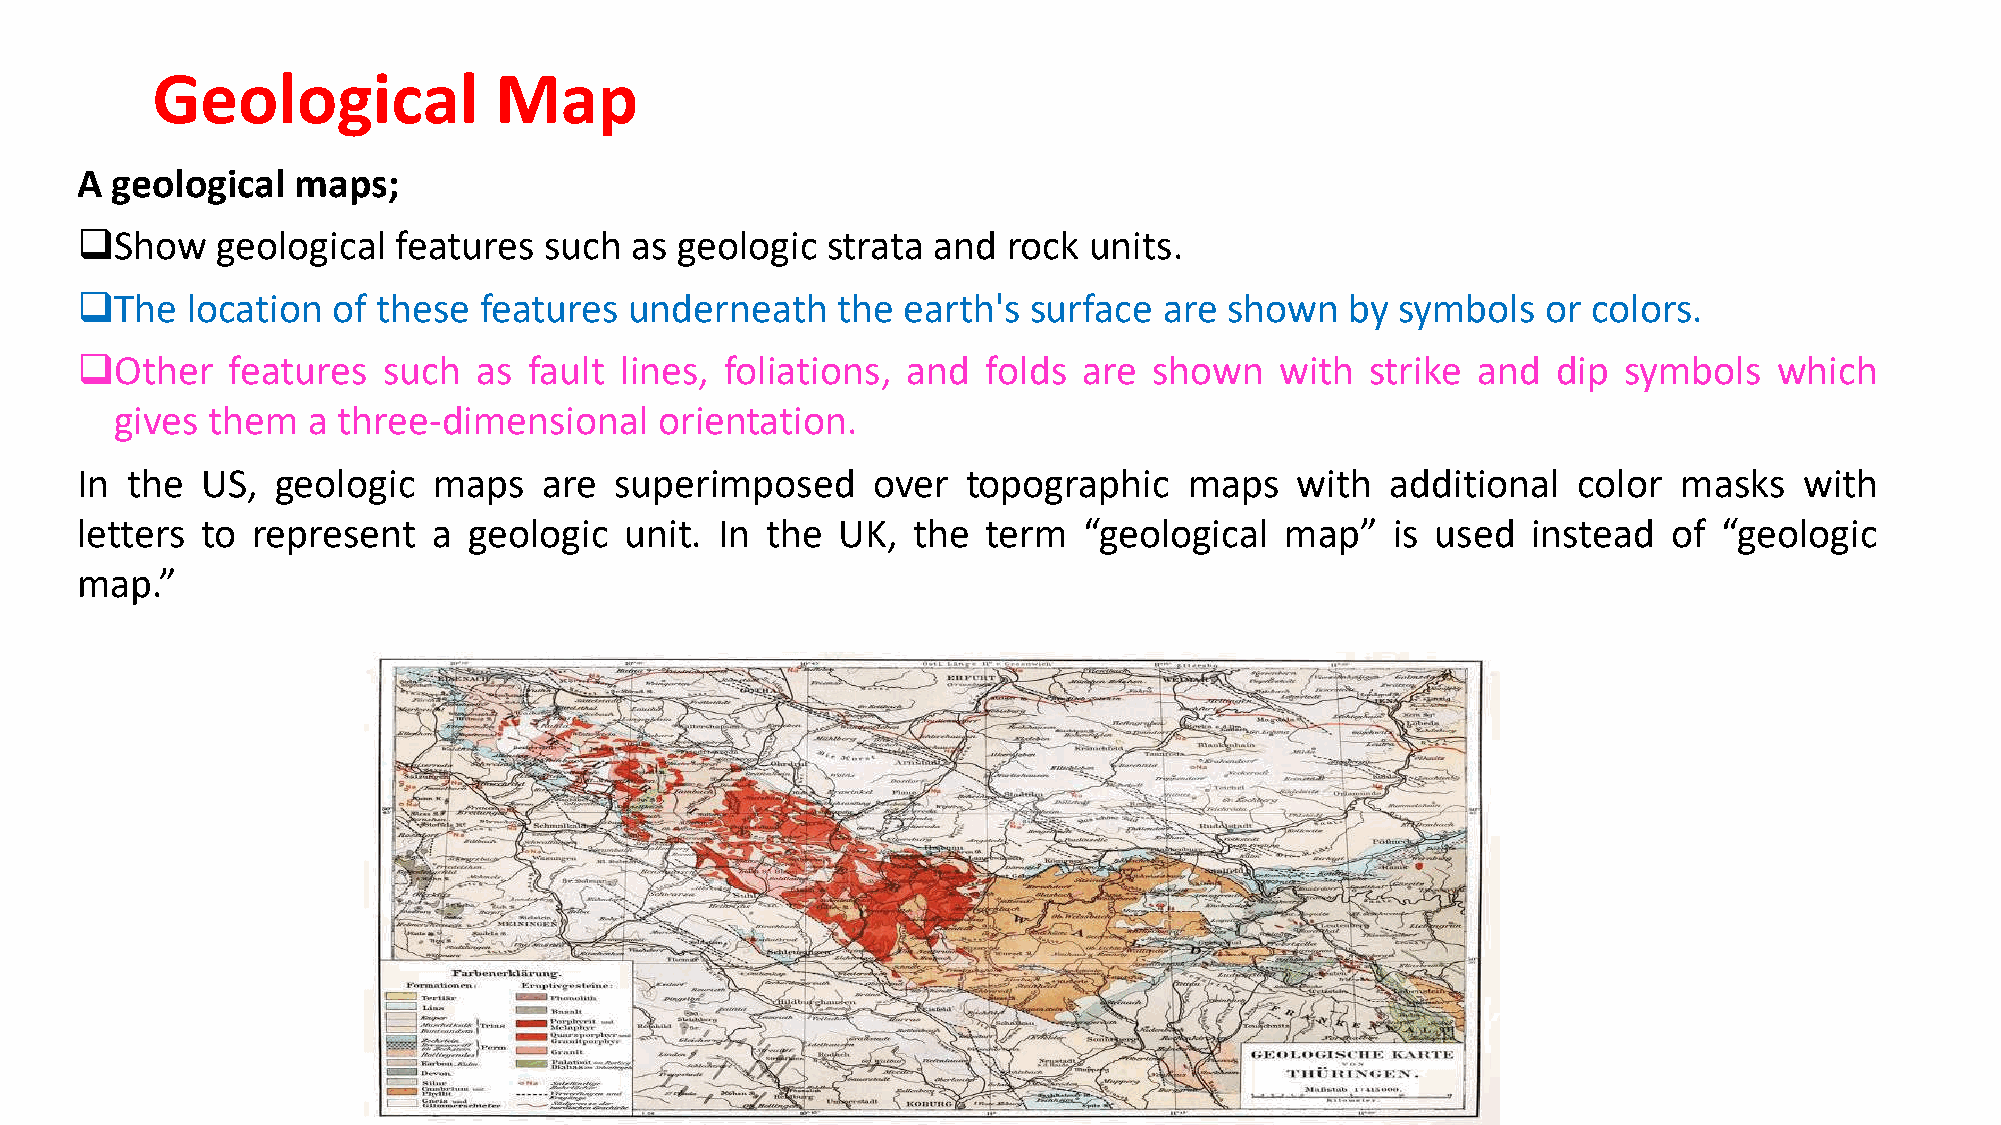
Geological             Map
 A geological  maps;
 Show    geological  features  such  as geologic  strata and  rock units.
 The   location  of these  features  underneath   the  earth's surface  are shown   by  symbols  or colors.
 Other    features  such   as fault lines, foliations, and  folds  are shown    with  strike and  dip symbols    which
 gives them  a three-dimensional     orientation.
 In the  US,  geologic   maps   are  superimposed     over  topographic    maps   with  additional  color  masks   with
 letters to  represent   a geologic  unit.  In the UK,  the  term   “geological  map”   is used  instead   of “geologic
 map.”